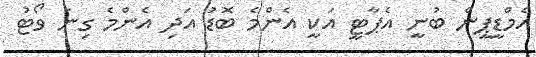
އެމްޑީޕީން ބުނީ އެޕާޓީ އަކީ އެންމެ ބޮޑު އަދި އެންމެ ގިނަ ވޯޓު